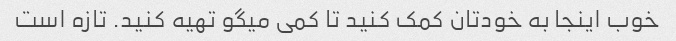
خوب اینجا به خودتان کمک کنید تا کمی میگو تهیه کنید. تازه است